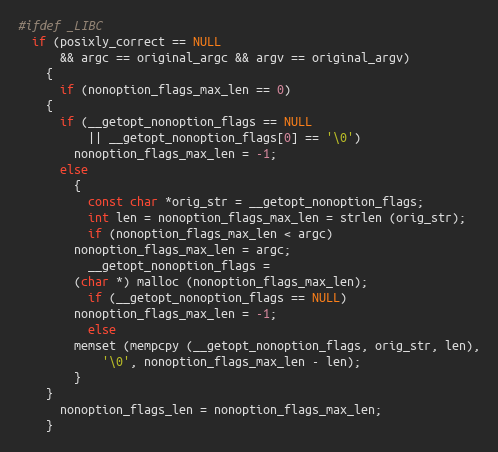
Language: C
#ifdef _LIBC
  if (posixly_correct == NULL
      && argc == original_argc && argv == original_argv)
    {
      if (nonoption_flags_max_len == 0)
	{
	  if (__getopt_nonoption_flags == NULL
	      || __getopt_nonoption_flags[0] == '\0')
	    nonoption_flags_max_len = -1;
	  else
	    {
	      const char *orig_str = __getopt_nonoption_flags;
	      int len = nonoption_flags_max_len = strlen (orig_str);
	      if (nonoption_flags_max_len < argc)
		nonoption_flags_max_len = argc;
	      __getopt_nonoption_flags =
		(char *) malloc (nonoption_flags_max_len);
	      if (__getopt_nonoption_flags == NULL)
		nonoption_flags_max_len = -1;
	      else
		memset (mempcpy (__getopt_nonoption_flags, orig_str, len),
			'\0', nonoption_flags_max_len - len);
	    }
	}
      nonoption_flags_len = nonoption_flags_max_len;
    }